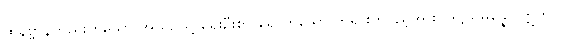
ထိုနိဗ္ဗာန်တည်းဟူသော အယဉ်သို့ ရှေးဦးစွာ ရောက်သော ဘုရားတပည့်အား။ ဒိဋ္ဌိသမ္ပန္နော ဣတိပိ၊